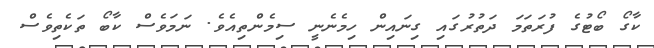
ކާގޯ ބޯޓުގެ ފުރަތަމަ ދަތުރުގައި ގިނައިން ހިމެނެނީ ސިމެންތިއެވެ. ނަމަވެސް ކާބޯ ތަކެތިވެސް